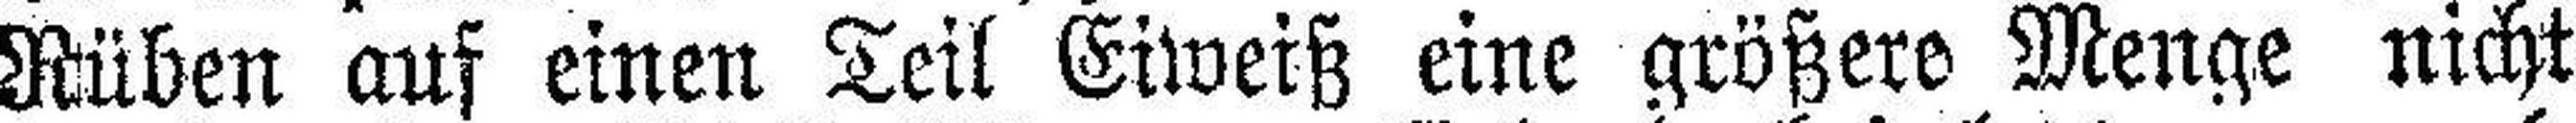
Rüben auf einen Teil Eiweiß eine größere Menge nicht